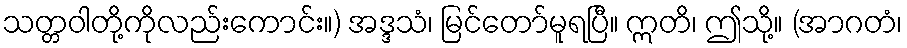
သတ္တဝါတို့ကိုလည်းကောင်း။) အဒ္ဒသံ၊ မြင်တော်မူရပြီ။ ဣတိ၊ ဤသို့။ (အာဂတံ၊